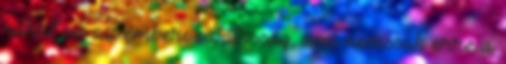
juthat az az emberi sajátosság, ami nemcsak erre a